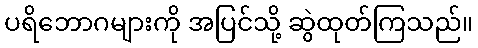
ပရိဘောဂများကို အပြင်သို့ ဆွဲထုတ်ကြသည်။